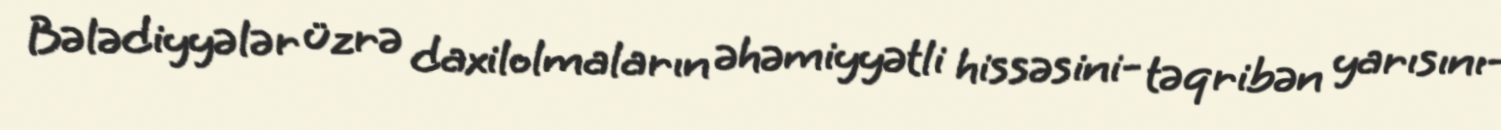
Bələdiyyələr üzrə daxilolmaların əhəmiyyətli hissəsini- təqribən yarısını-